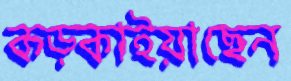
কড়্‌কাইয়াছেন